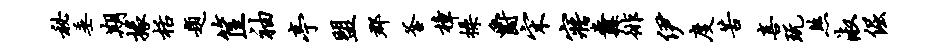
秘垂期掾栝题筐袖亭盟郡釜樟操爵宋寤纛徘伊度苦喜玩煞淑倔